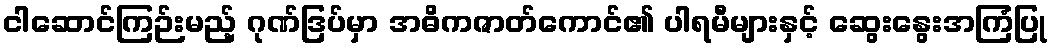
ငါဆောင်ကြဉ်းမည့် ဂုဏ်ဒြပ်မှာ အဓိကဇာတ်ကောင်၏ ပါရမီများနှင့် ဆွေးနွေးအကြံပြု